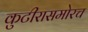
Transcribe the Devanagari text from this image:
कुटीरासमोरच